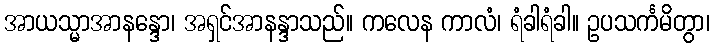
အာယသ္မာအာနန္ဒော၊ အရှင်အာနန္ဒာသည်။ ကလေန ကာလံ၊ ရံခါရံခါ။ ဥပသင်္ကမိတွာ၊